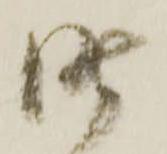
昨